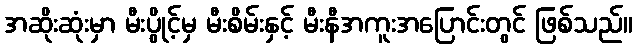
အဆိုးဆုံးမှာ မီးပွိုင့်မှ မီးစိမ်းနှင့် မီးနီအကူးအပြောင်းတွင် ဖြစ်သည်။